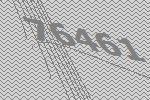
76461